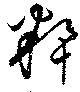
籸